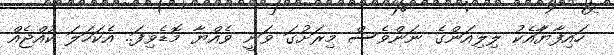
ހައިފާޔާައެކު ލިލިއަންގެ ނަންވެސް މިރަށުގަ ވަނީ ވެއްޔާ މޮޑެވިފަ.. އެކަހަލަ ކުއްޖެއް